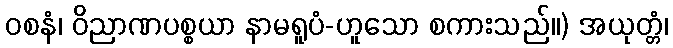
ဝစနံ၊ ဝိညာဏပစ္စယာ နာမရူပံ-ဟူသော စကားသည်။) အယုတ္တံ၊